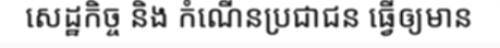
សេដ្ឋកិច្ច និង កំណើនប្រជាជន ធ្វើឲ្យមាន